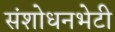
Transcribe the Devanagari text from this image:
संशोधनभेटी